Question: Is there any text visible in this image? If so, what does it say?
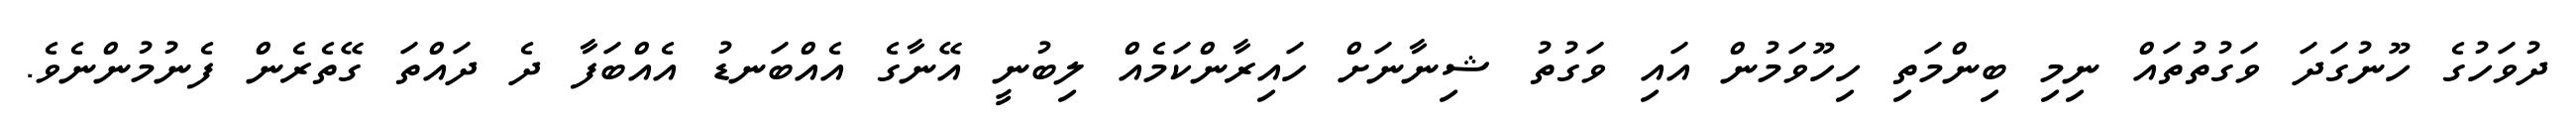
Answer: ދުވަހުގެ ހޫނުގަދަ ވަގުތުތައް ނިމި ބިންމަތި ހިހޫވަމުން އައި ވަގުތު ޝިނާނަށް ހައިރާންކަމެއް ލިބުނީ އޭނާގެ އެއްބަނޑު އެއްބަފާ ދެ ދައްތަ ގޭތެރެން ފެނުމުންނެވެ.